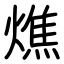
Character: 燋